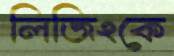
লিজিংকে